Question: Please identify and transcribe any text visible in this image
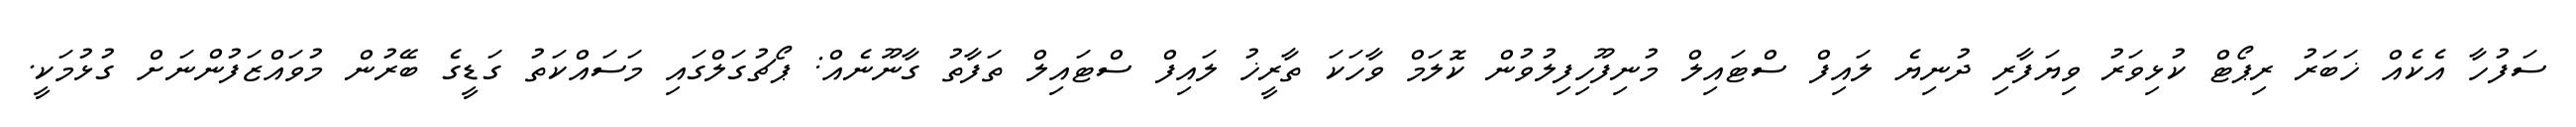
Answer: ސަފުހާ އެކެއް ޚަބަރު ރިޕޯޓް ކުޅިވަރު ވިޔަފާރި ދުނިޔެ ލައިފް ސްޓައިލް މުނިފޫހިފިލުވުން ކޮލަމް ވާހަކަ ތާރީޚު ލައިފް ސްޓައިލް ތަފާތު ގާނޫނެއް: ޕޯޗުގަލްގައި މަސައްކަތު ގަޑީގެ ބޭރުން މުވައްޒަފުންނަށް ގުޅުމަކީ.